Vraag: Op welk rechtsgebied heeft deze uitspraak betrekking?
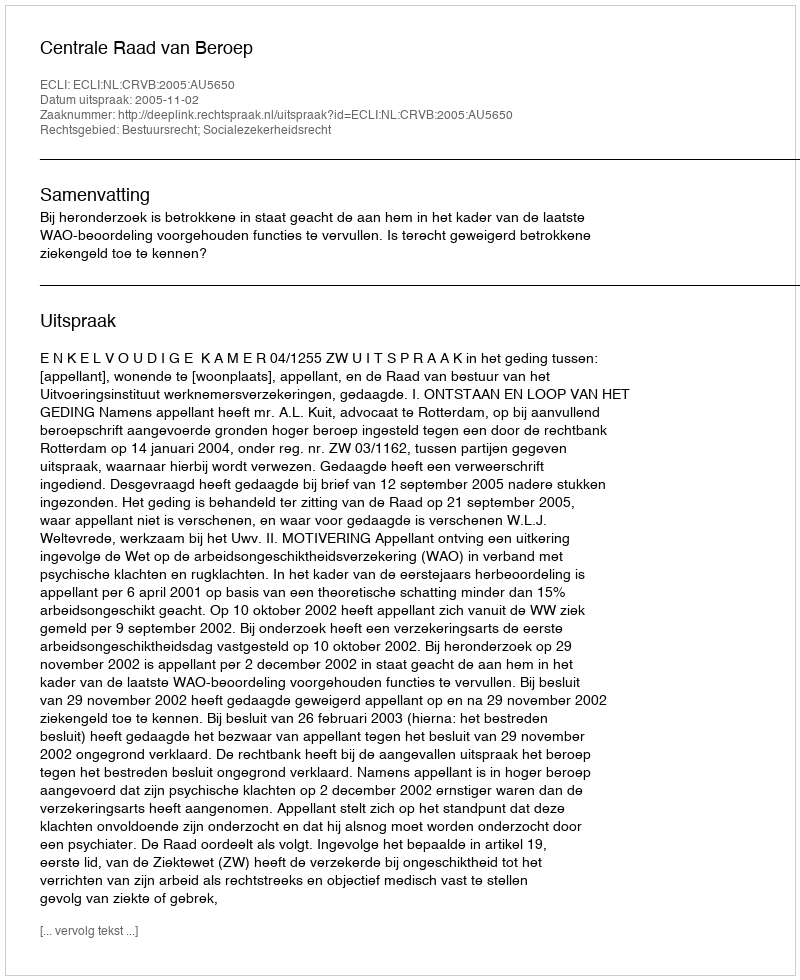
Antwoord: Bestuursrecht; Socialezekerheidsrecht